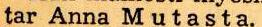
tar Anna Mutasta.